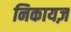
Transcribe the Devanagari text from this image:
निकायज़